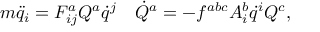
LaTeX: m \ddot { q } _ { i } = F _ { i j } ^ { a } Q ^ { a } \dot { q } ^ { j } \quad \dot { Q } ^ { a } = - f ^ { a b c } A _ { i } ^ { b } \dot { q } ^ { i } Q ^ { c } ,